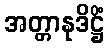
အတ္တာနုဒိဋ္ဌိံ